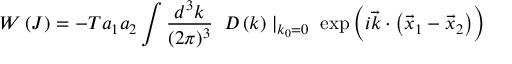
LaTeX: W \left( J \right) = - T a _ { 1 } a _ { 2 } \int { \frac { d ^ { 3 } k } { ( 2 \pi ) ^ { 3 } } } \; \; D \left( k \right) \mid _ { k _ { 0 } = 0 } \; \exp \left( i { \vec { k } } \cdot \left( { \vec { x } } _ { 1 } - { \vec { x } } _ { 2 } \right) \right)